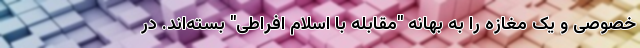
خصوصی و یک مغازه را به بهانه "مقابله با اسلام افراطی" بسته‌اند. در